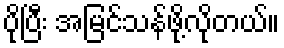
ပိုပြီး အမြင်သန်ဖို့လိုတယ်။